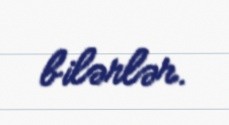
bilərlər.